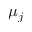
\mu _ { j }